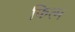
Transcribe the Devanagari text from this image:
फित्म